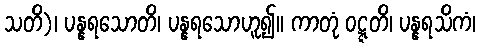
သတိ)၊ ပန္နရသောတိ၊ ပန္နရသောဟူ၍။ ကာတုံ ဝဋ္ဋတိ၊ ပန္နရသိကံ၊